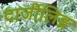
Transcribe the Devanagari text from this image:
दार्जीलिङ्ग